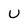
Character: U